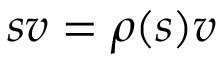
s v = \rho ( s ) v